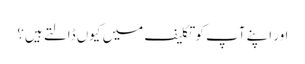
اور اپنے آپ کو تکلیف میں کیوں ڈالتے ہیں؟